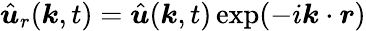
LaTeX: \hat{\boldsymbol u}_{r}(\boldsymbol k,t)=\hat{\boldsymbol u}(\boldsymbol k,t)\exp(-i\boldsymbol k\cdot\boldsymbol r)